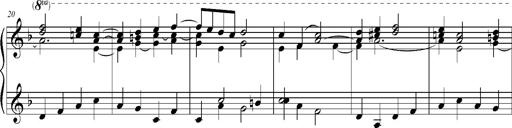
Title: Ave Maria d' Arcadelt
Composer: Franz Liszt